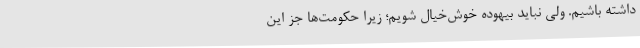
داشته باشیم. ولی نباید بیهوده خوش‌خیال شویم؛ زیرا حکومت‌ها جز این